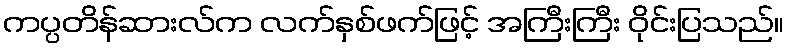
ကပ္ပတိန်ဆားလ်က လက်နှစ်ဖက်ဖြင့် အကြီးကြီး ဝိုင်းပြသည်။